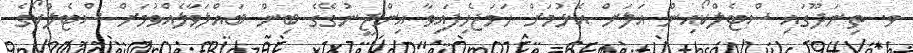
ވ. ތިނަދޫގައި ސްޓެލްކޯއިން އަލަށް އެޅުމަށް ހަމަޖެހިފައިވާ އިންޖީނުގޭގެ ބިން ބައްލަވާލެއްވުމަށް ސްޓެލްކޯގެ